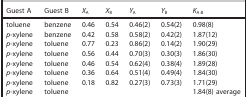
<table><thead><tr><td><b>Guest A</b></td><td><b>Guest B</b></td><td><b><i>X</i><sub>A</sub></b></td><td><b><i>X</i><sub>B</sub></b></td><td><b><i>Y</i><sub>A</sub></b></td><td><b><i>Y</i><sub>B</sub></b></td><td><b><i>K</i><sub>A:B</sub></b></td></tr></thead><tbody><tr><td>toluene</td><td>benzene</td><td>0.46</td><td>0.54</td><td>0.46(2)</td><td>0.54(2)</td><td>0.98(8)</td></tr><tr><td><i>p</i>‐xylene</td><td>benzene</td><td>0.42</td><td>0.58</td><td>0.58(2)</td><td>0.42(2)</td><td>1.87(12)</td></tr><tr><td><i>p</i>‐xylene</td><td>toluene</td><td>0.77</td><td>0.23</td><td>0.86(2)</td><td>0.14(2)</td><td>1.90(29)</td></tr><tr><td><i>p</i>‐xylene</td><td>toluene</td><td>0.56</td><td>0.44</td><td>0.70(3)</td><td>0.30(3)</td><td>1.86(30)</td></tr><tr><td><i>p</i>‐xylene</td><td>toluene</td><td>0.46</td><td>0.54</td><td>0.62(4)</td><td>0.38(4)</td><td>1.89(28)</td></tr><tr><td><i>p</i>‐xylene</td><td>toluene</td><td>0.36</td><td>0.64</td><td>0.51(4)</td><td>0.49(4)</td><td>1.84(30)</td></tr><tr><td><i>p</i>‐xylene</td><td>toluene</td><td>0.18</td><td>0.82</td><td>0.27(3)</td><td>0.73(3)</td><td>1.71(29)</td></tr><tr><td><i>p</i>‐xylene</td><td>toluene</td><td> </td><td> </td><td> </td><td> </td><td>1.84(8) average</td></tr></tbody></table>